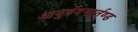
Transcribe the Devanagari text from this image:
आयुर्वेदमार्तण्ड